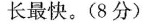
长最快。(8分)